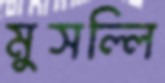
মুসল্লি